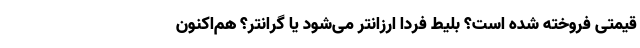
قیمتی فروخته شده است؟ بلیط فردا ارزانتر می‌شود یا گرانتر؟ هم‌اکنون